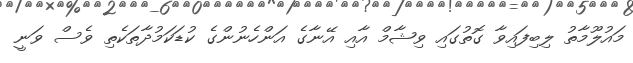
މައުލޫމާތު ލިބިފައިވާ ގޮތުގައި ވިޝާމް އާއި އޭނާގެ އަންހެނުންގެ ކުޑަކަމުދާތަކެތި ވެސް ވަނީ